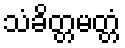
သံခိတ္တမတ္တံ